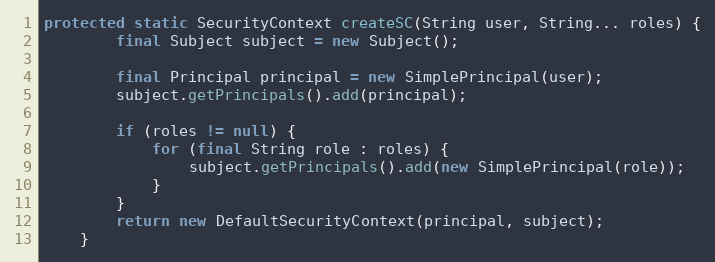
Language: Java
protected static SecurityContext createSC(String user, String... roles) {
        final Subject subject = new Subject();

        final Principal principal = new SimplePrincipal(user);
        subject.getPrincipals().add(principal);

        if (roles != null) {
            for (final String role : roles) {
                subject.getPrincipals().add(new SimplePrincipal(role));
            }
        }
        return new DefaultSecurityContext(principal, subject);
    }